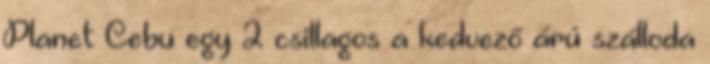
Planet Cebu egy 2 csillagos a kedvező árú szálloda